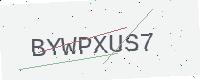
Text: BYWPXUS7